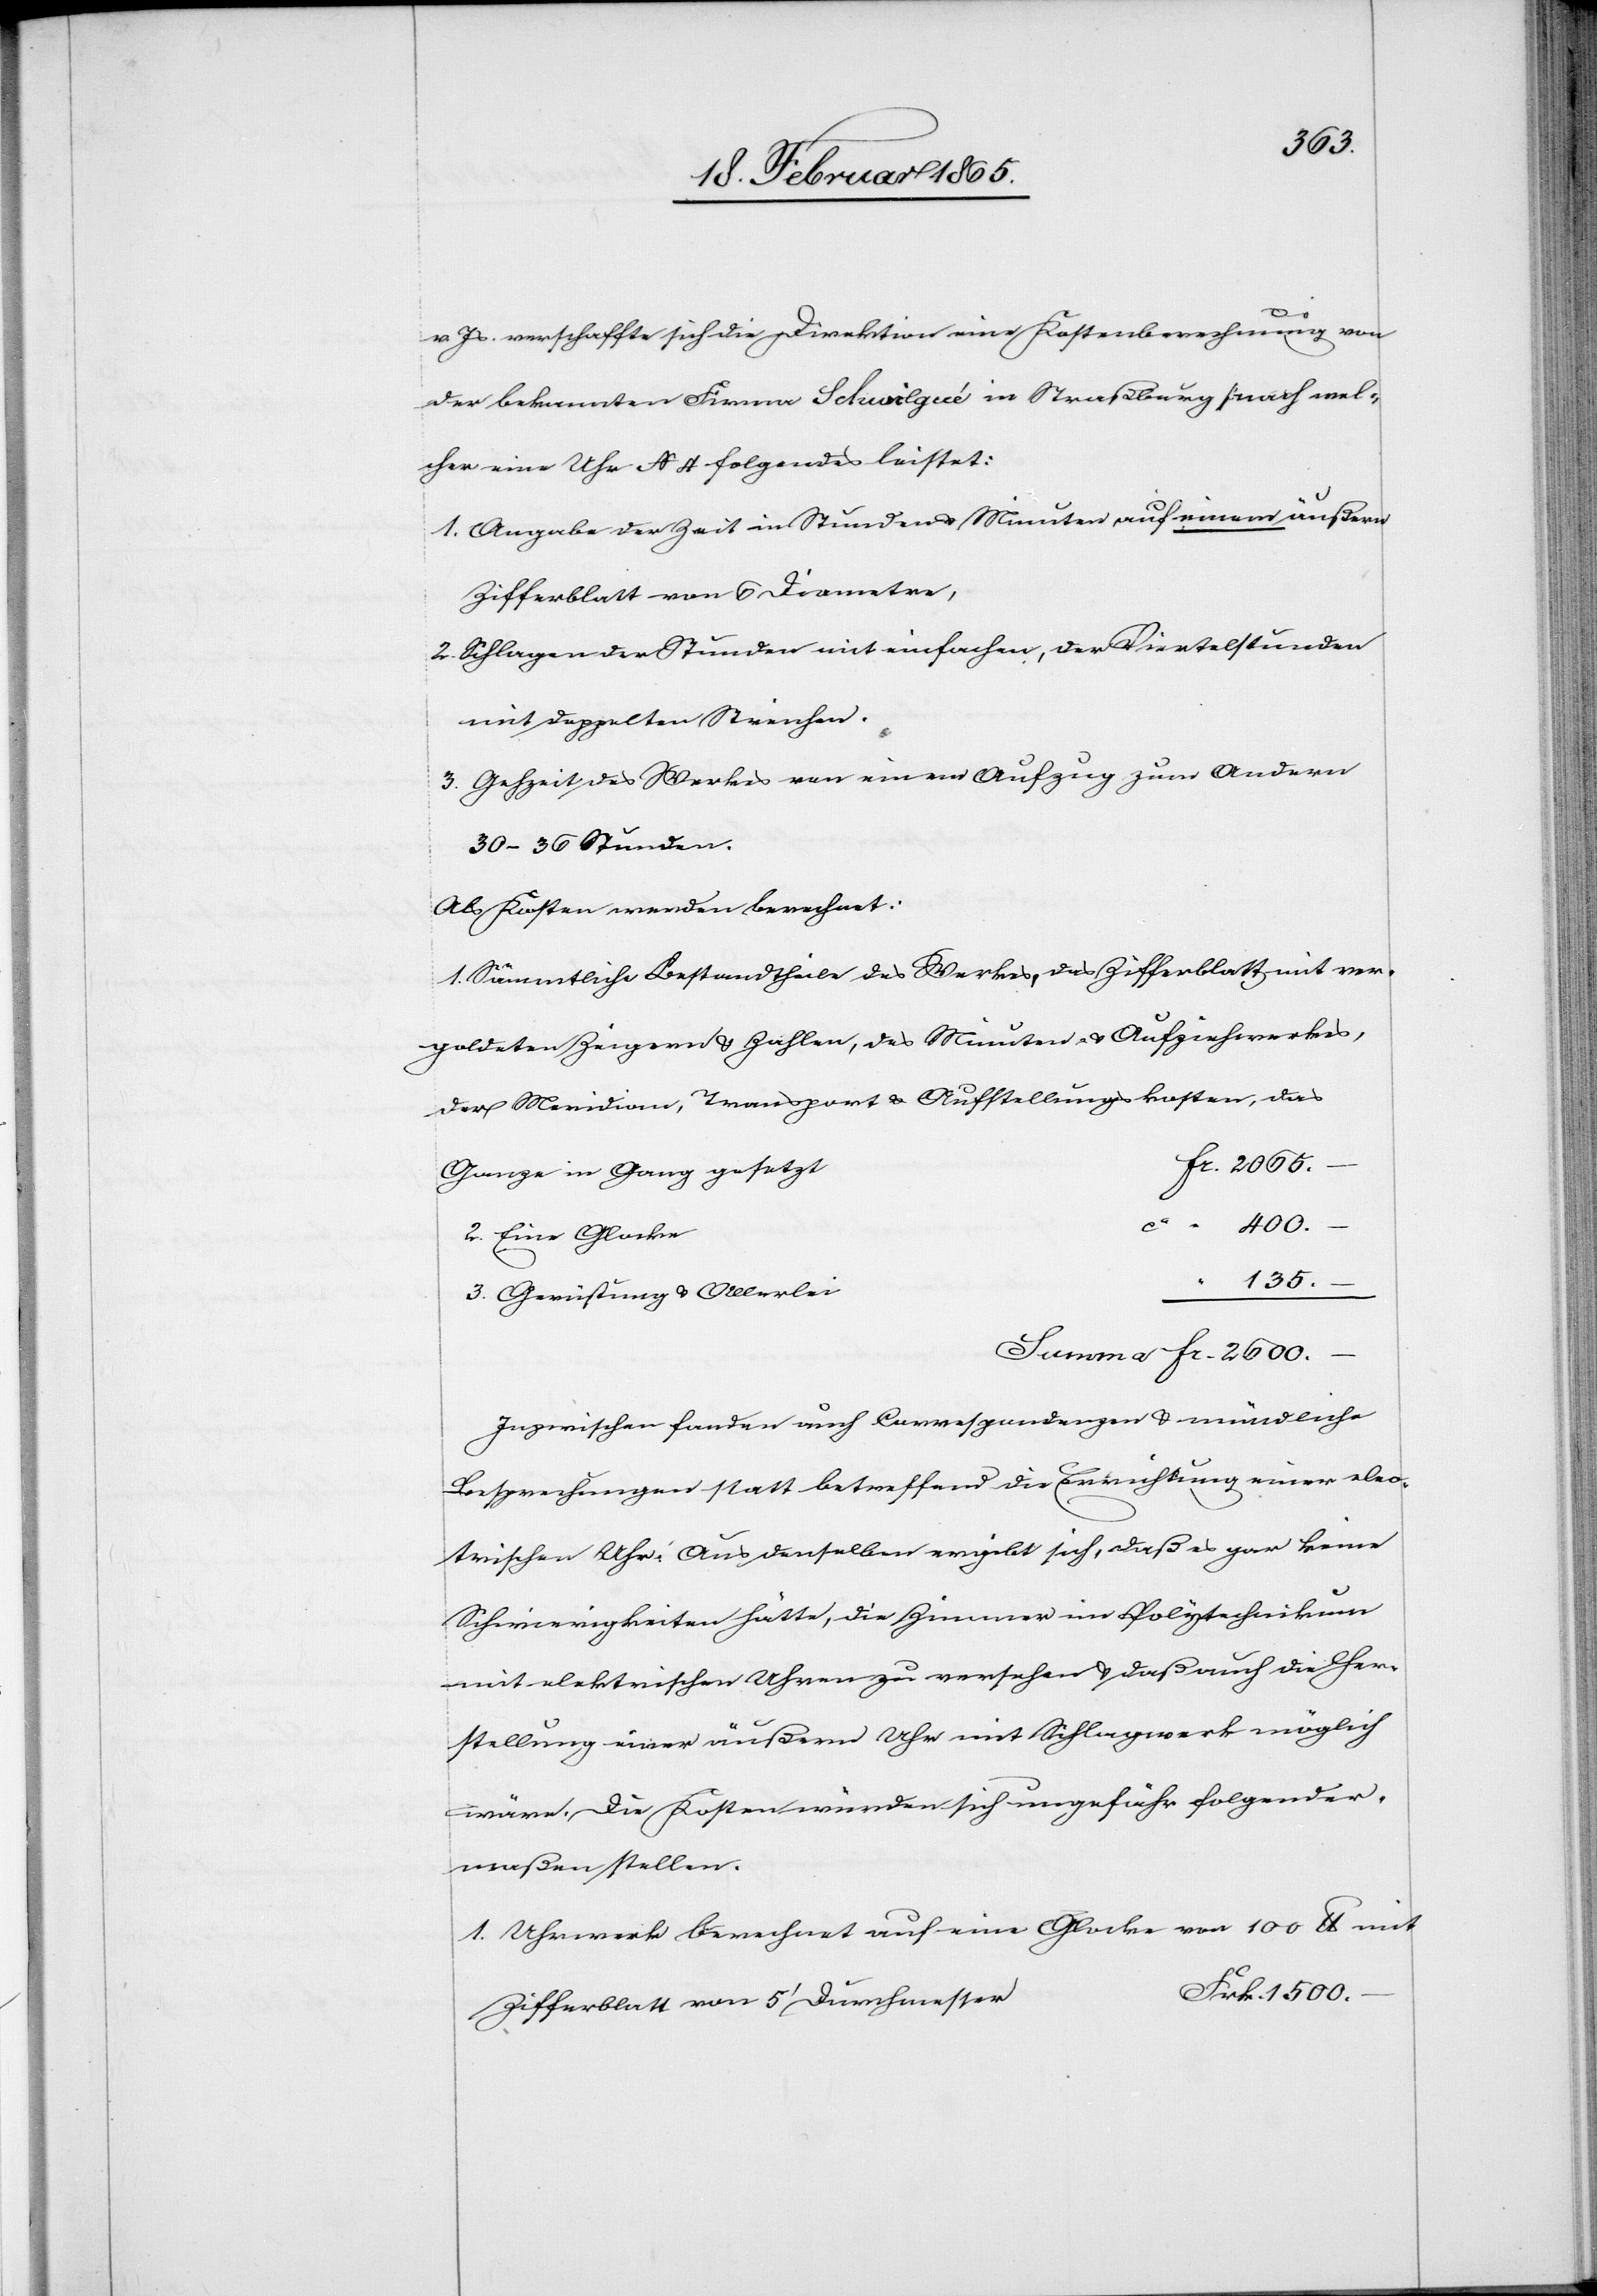
1500.
1.
v. Js. verschaffte sich die Direktion eine Kostenberechnung von
der bekannten Firma Schwilgué in Straßburg, nach wel¬
cher eine Uhr N 4 folgendes leistet:
1. Angabe der Zeit in Stunden u. Minuten auf einem äußern
Zifferblatt von 6 Diametre,
2. Schlagen der Stunden mit einfachen, der Viertelstunden
mit doppelten Streichen.
3. Gehzeit des Werkes von einem Aufzug zum Andern
30–36 Stunden.
Als Kosten werden berechnet:
Sämmtliche Bestandttheile des Werkes, das Zifferblatt mit ver¬
goldeten Zeigern u. Zahlen, des Minuten- u. Aufziehwerkes,
der Meridian, Transport u. Aufstellungskosten, das
Ganze in Gang gesetzt
2.
400.
135.
Gerüstung u. Allerlei
Inzwischen fanden auch Correspondenzen u. mündliche
Besprechungen statt betreffend die Errichtung einer elec¬
trischen Uhr. Aus derselben ergibt sich, daß es gar keine
Schwierigkeiten hätte, die Zimmer im Polytechnikum
mit elektrischen Uhren zu versehen u. daß auch die Her¬
stellung einer äußern Uhr mit Schlagwerk möglich
wäre. Die Kosten würden sich ungefähr folgender¬
maßen stellen.
Uhrwerk berechnet auf eine Glocke von 100 lb mit
Zifferblatt von 5’ Durchmesser